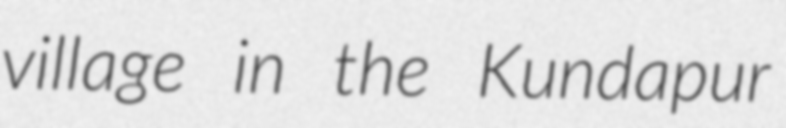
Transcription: village in the Kundapur